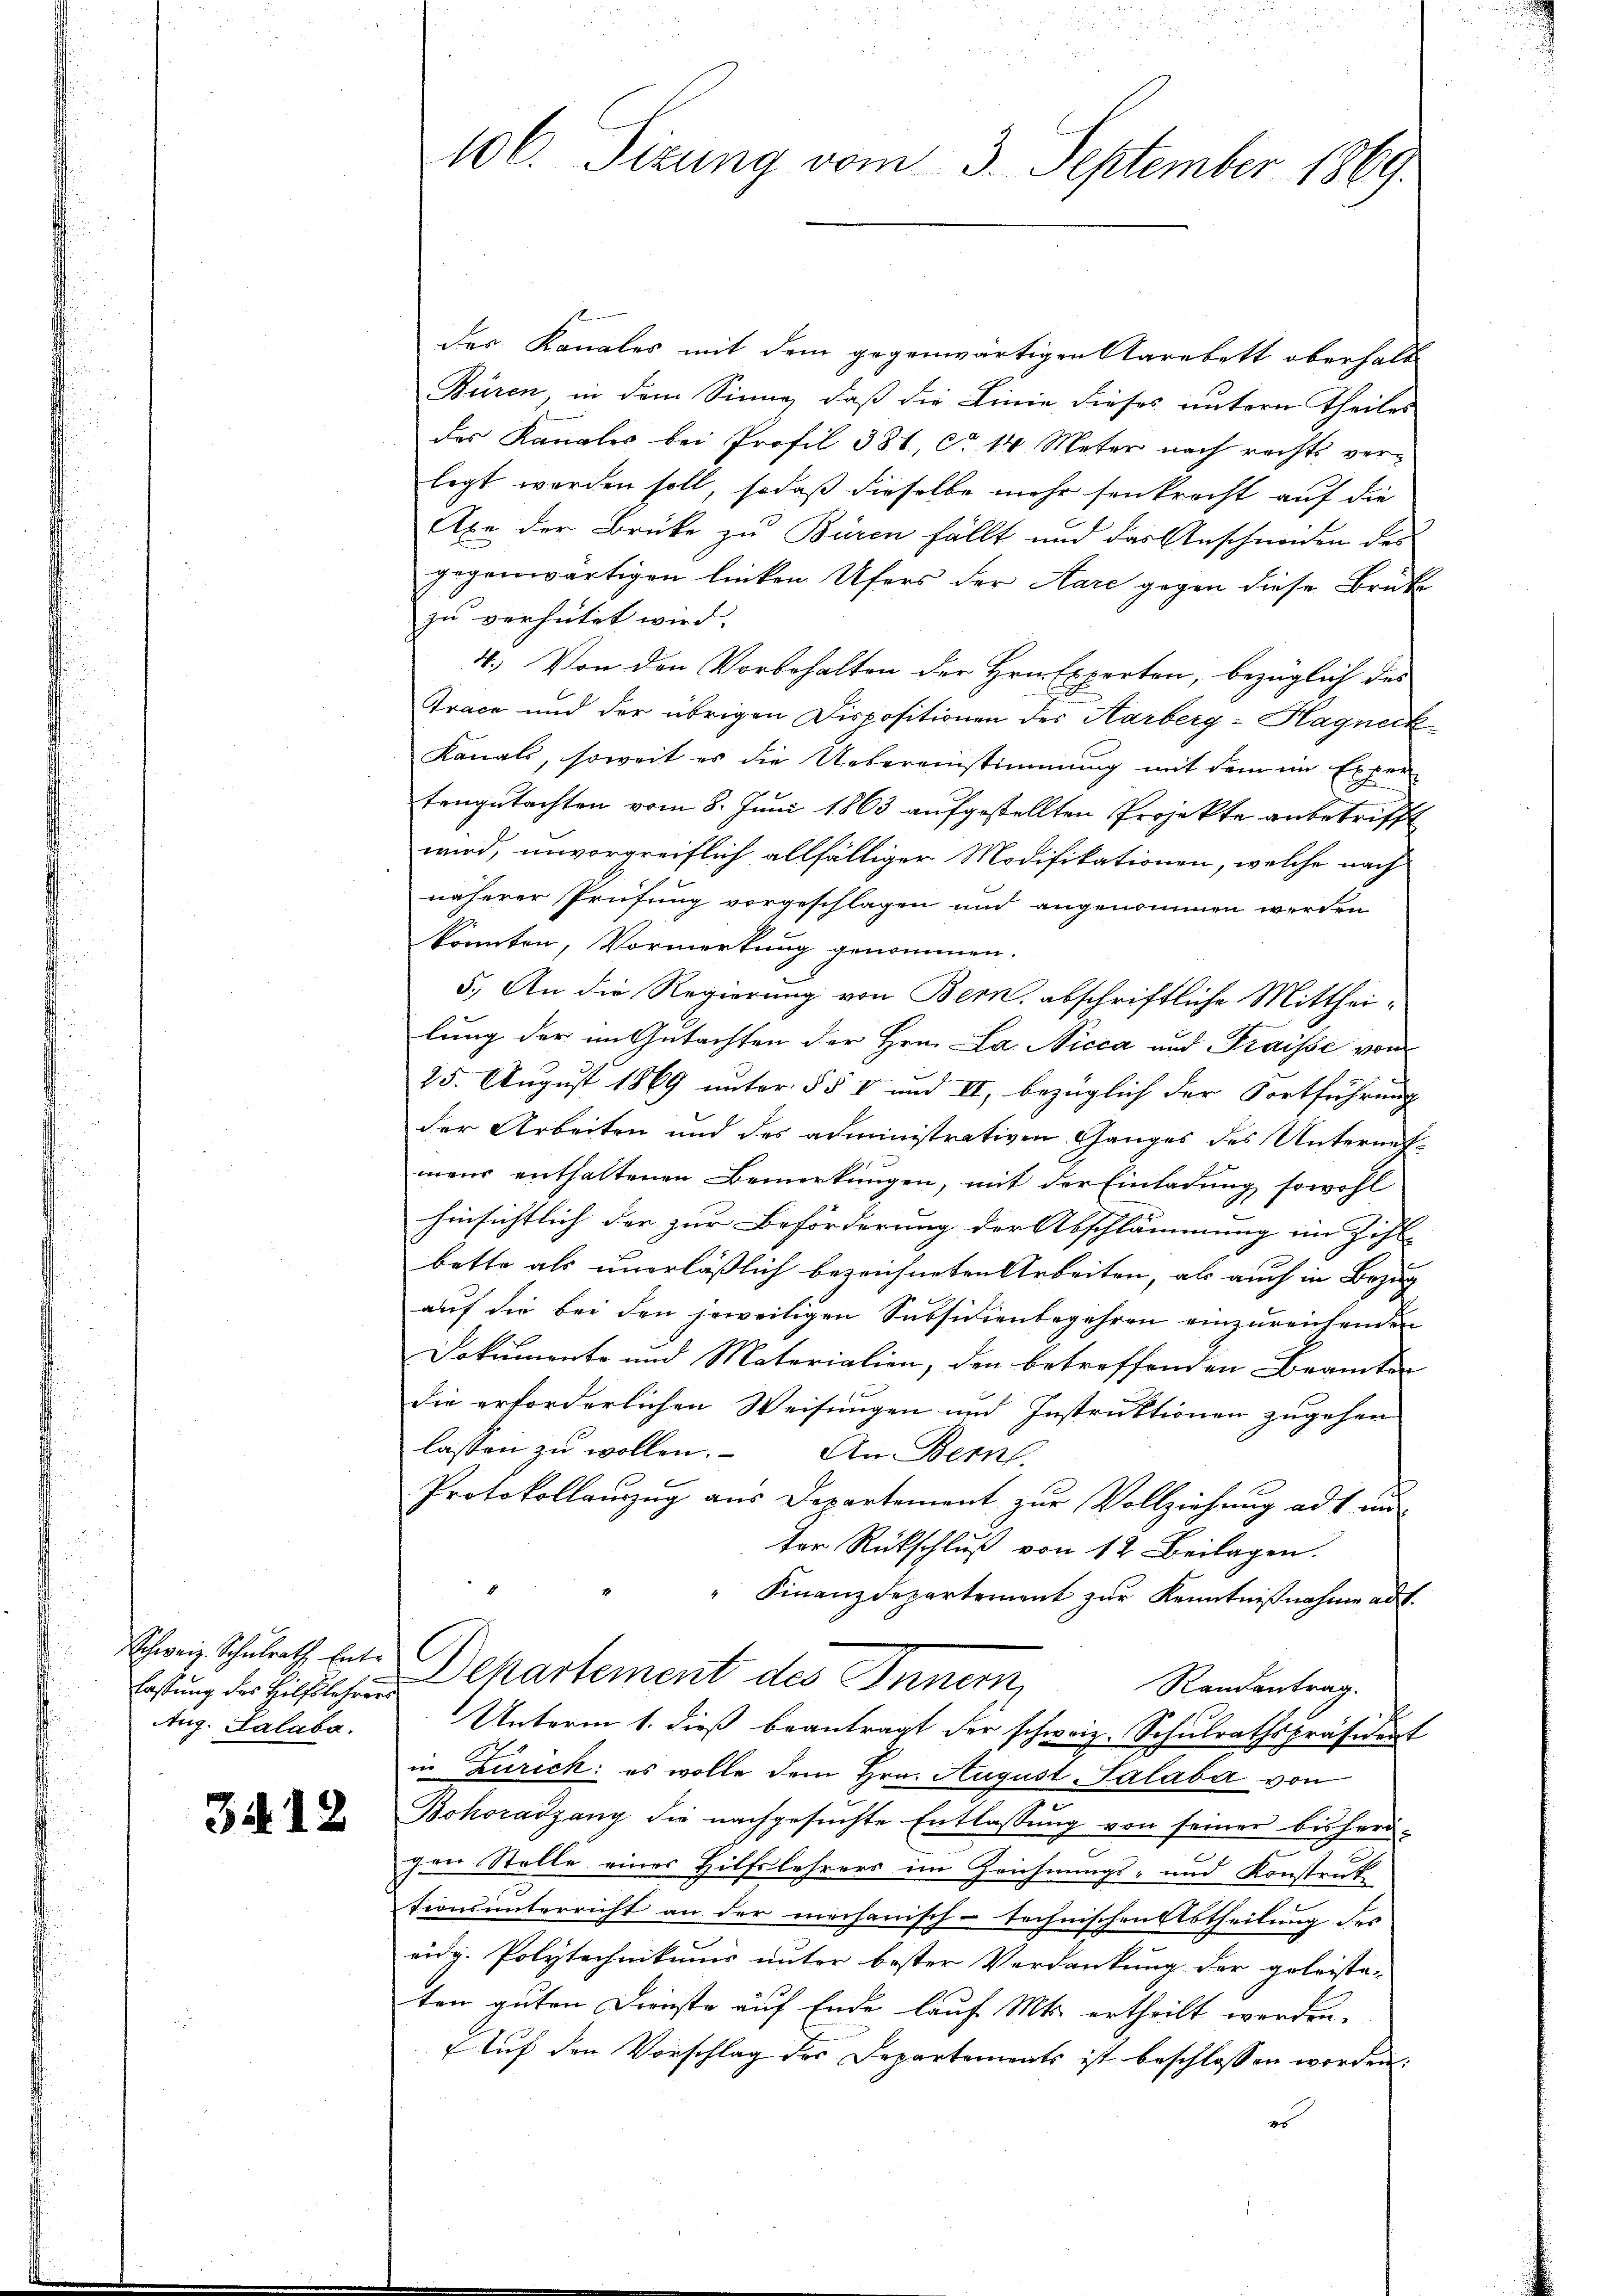
Schweiz. Schulrath Ent¬
Aug. Palaba.

3. 12

106. Sizung vom 3. September 1869.

des Kanales mit dem gegenwärtigen Aarabett oberhalb
Büren, in dem Sinne, daß die Linie dieses untern Theiles
des Kanales bei Profil 381 ca 14 Meter nach rechts ver-
legt werden soll, sodaß dieselbe mehr senkrecht auf die
Axe der Brüke zu Bären fällt und das Anschnaden des
gegenwärtigen linken Ufers der Aare gegen diese Brüke
zu verhütet wird.
4. Von den Vorbehalten der Hrn. Experten, bezüglich des
Trace und der übrigen Dispositionen des Karberg-Hagneck
Kanals, soweit es die Uebereinstimmung mit dem im Expertengutachten vom 8. Juni 1863 aufgestellten Projekte anbetrifft
wird, unvorgreiflich allfälliger Modifikationen, welche nach
näherer Prüfung vorgeschlagen und angenommen werden
könnten, Vormerkung genommen.
5.) An die Regierung von Bern abschriftliche Mittheilung der im Gutachten der Hrn. La Nicca und Fraisse von
25. August 1869 unter § § I und II, bezüglich der Fortführung
der Arbeiten und des administrativen Ganges des Unternetmens enthaltenen Bemerkungen, mit der Einladung sowohl
hinsichtlich der zur Beförderung der Abschlämmung im Zihl- |
bette als unerläßlich bezeichneten Arbeiten, als auch in Bezug
auf die bei den jeweiligen Subsidienbegehren einzureichenden
Dokumente und Materialien, den betreffenden Beamten
die erforderlichen Weisungen und Instruktionen zugehen
lassen zu wollen. An Bern,
Protokollauszug aus Departement zur Vollziehung ad 1 mi
ter Rückschlŭβ von 12 Beilagen.
" Finanzdepartement zŭr Kenntniβnahme auf.
Eisung der hilflichen Departement des Innern
Randantrag.
Unterm 1. dieß beantragt der schweiz. Schulrathspräsident
in Zürich: es wolle dem Hrn. August Salaba von
Bohoradzany die nachgesuchte Entlassung von seiner bisherr-
gen Stelle eines Hilfslehrers im Zeichnungs- und Konstruk
tionsunterricht an der mechanisch-Technischenststheilung des
eidg. Polytechnikums unter bester Verdankung der geleiste-
ton guten Dienste auf Ende lauf Mts. ertheilt werden.
Auf den Vorschlag des Departements ist beschlossen worden.
es